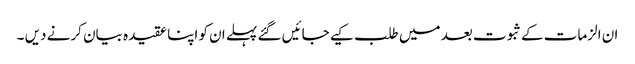
ان الزمات کےثبوت بعد میں طلب کیے جائیں گئے پہلے ان کو اپنا عقیدہ بیان کرنے دیں ۔